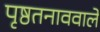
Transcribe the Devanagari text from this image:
पृष्ठतनाववाले